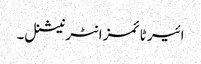
ائیر ٹائمز انٹرنیشنل۔